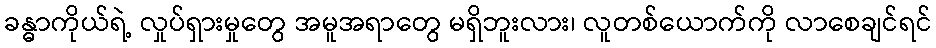
ခန္ဓာကိုယ်ရဲ့ လှုပ်ရှားမှုတွေ အမူအရာတွေ မရှိဘူးလား၊ လူတစ်ယောက်ကို လာစေချင်ရင်